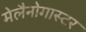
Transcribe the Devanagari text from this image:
मेलैनोगास्टर